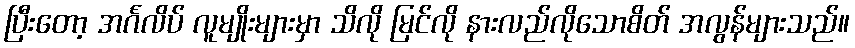
ပြီးတော့ အင်္ဂလိပ် လူမျိုးများမှာ သိလို မြင်လို နားလည်လိုသောစိတ် အလွန်များသည်။